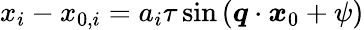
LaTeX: x_{i}-x_{0,i}=a_{i}\tau\sin{(\boldsymbol{q}\cdot\boldsymbol{x}_{0}+\psi)}